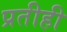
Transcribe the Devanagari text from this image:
प्रतीही